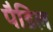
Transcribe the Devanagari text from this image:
पैडिल